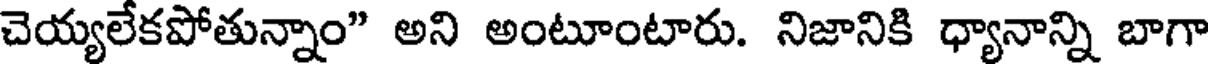
చెయ్యలేకపోతున్నాం" అని అంటూంటారు. నిజానికి ధ్యానాన్ని బాగా